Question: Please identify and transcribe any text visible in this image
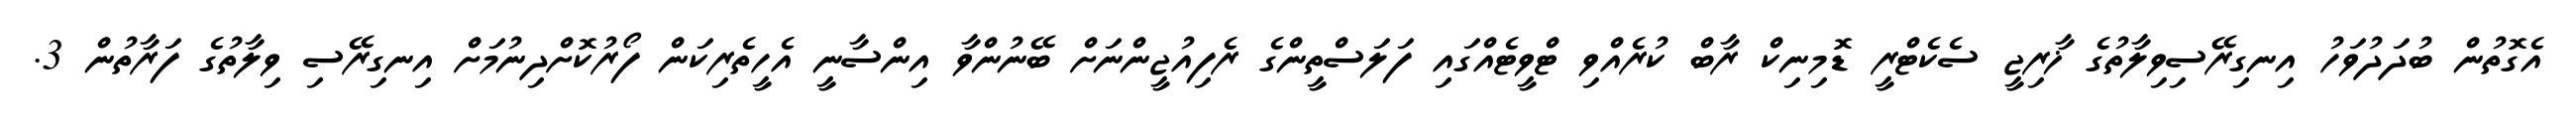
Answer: އެގޮތުން ބުދަދުވަހު އިނގިރޭސިވިލާތުގެ ޚާރިޖީ ސެކެޓްރީ ޑޮމިނިކް ރާބް ކުރެއްވި ޓްވީޓެއްގައި ފަލަސްތީންގެ ރެފިއުޖީންނަށް ބޭނުންވާ އިންސާނީ އެހީތެރިކަން ފޯރުކޮށްދިނުމަށް އިނގިރޭސި ވިލާތުގެ ފަރާތުން 3.